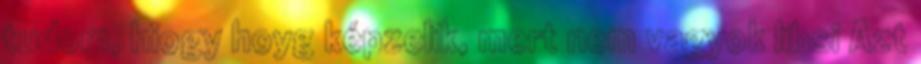
tudom, hiogy hoyg képzelik, mert nem vagyok libsi Azt